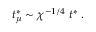
t _ { \mu } ^ { \ast } \sim \chi ^ { - 1 / 4 } \; t ^ { \ast } \; .